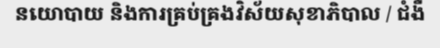
នយោបាយ និងការគ្រប់គ្រងវិស័យសុខាភិបាល / ជំងឺ